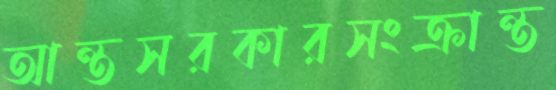
আন্তসরকারসংক্রান্ত